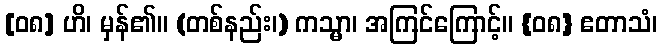
[၀၈] ဟိ၊ မှန်၏။ (တစ်နည်း၊) ကသ္မာ၊ အကြင်ကြောင့်။ {၀၈} ဧတာသံ၊